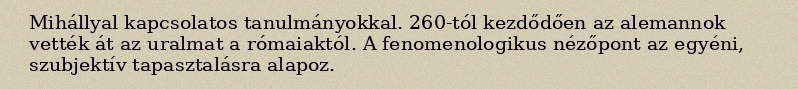
Mihállyal kapcsolatos tanulmányokkal. 260-tól kezdődően az alemannok vették át az uralmat a rómaiaktól. A fenomenologikus nézőpont az egyéni, szubjektív tapasztalásra alapoz.